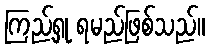
ကြည့်ရှု ရမည်ဖြစ်သည်။